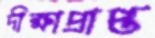
দীক্ষাপ্রাপ্ত